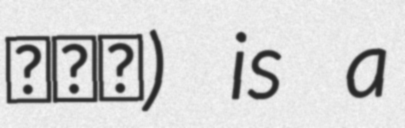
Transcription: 环岛路) is a